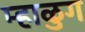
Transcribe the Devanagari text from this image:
म्हाळुग